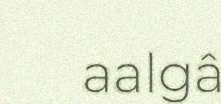
aalgâ